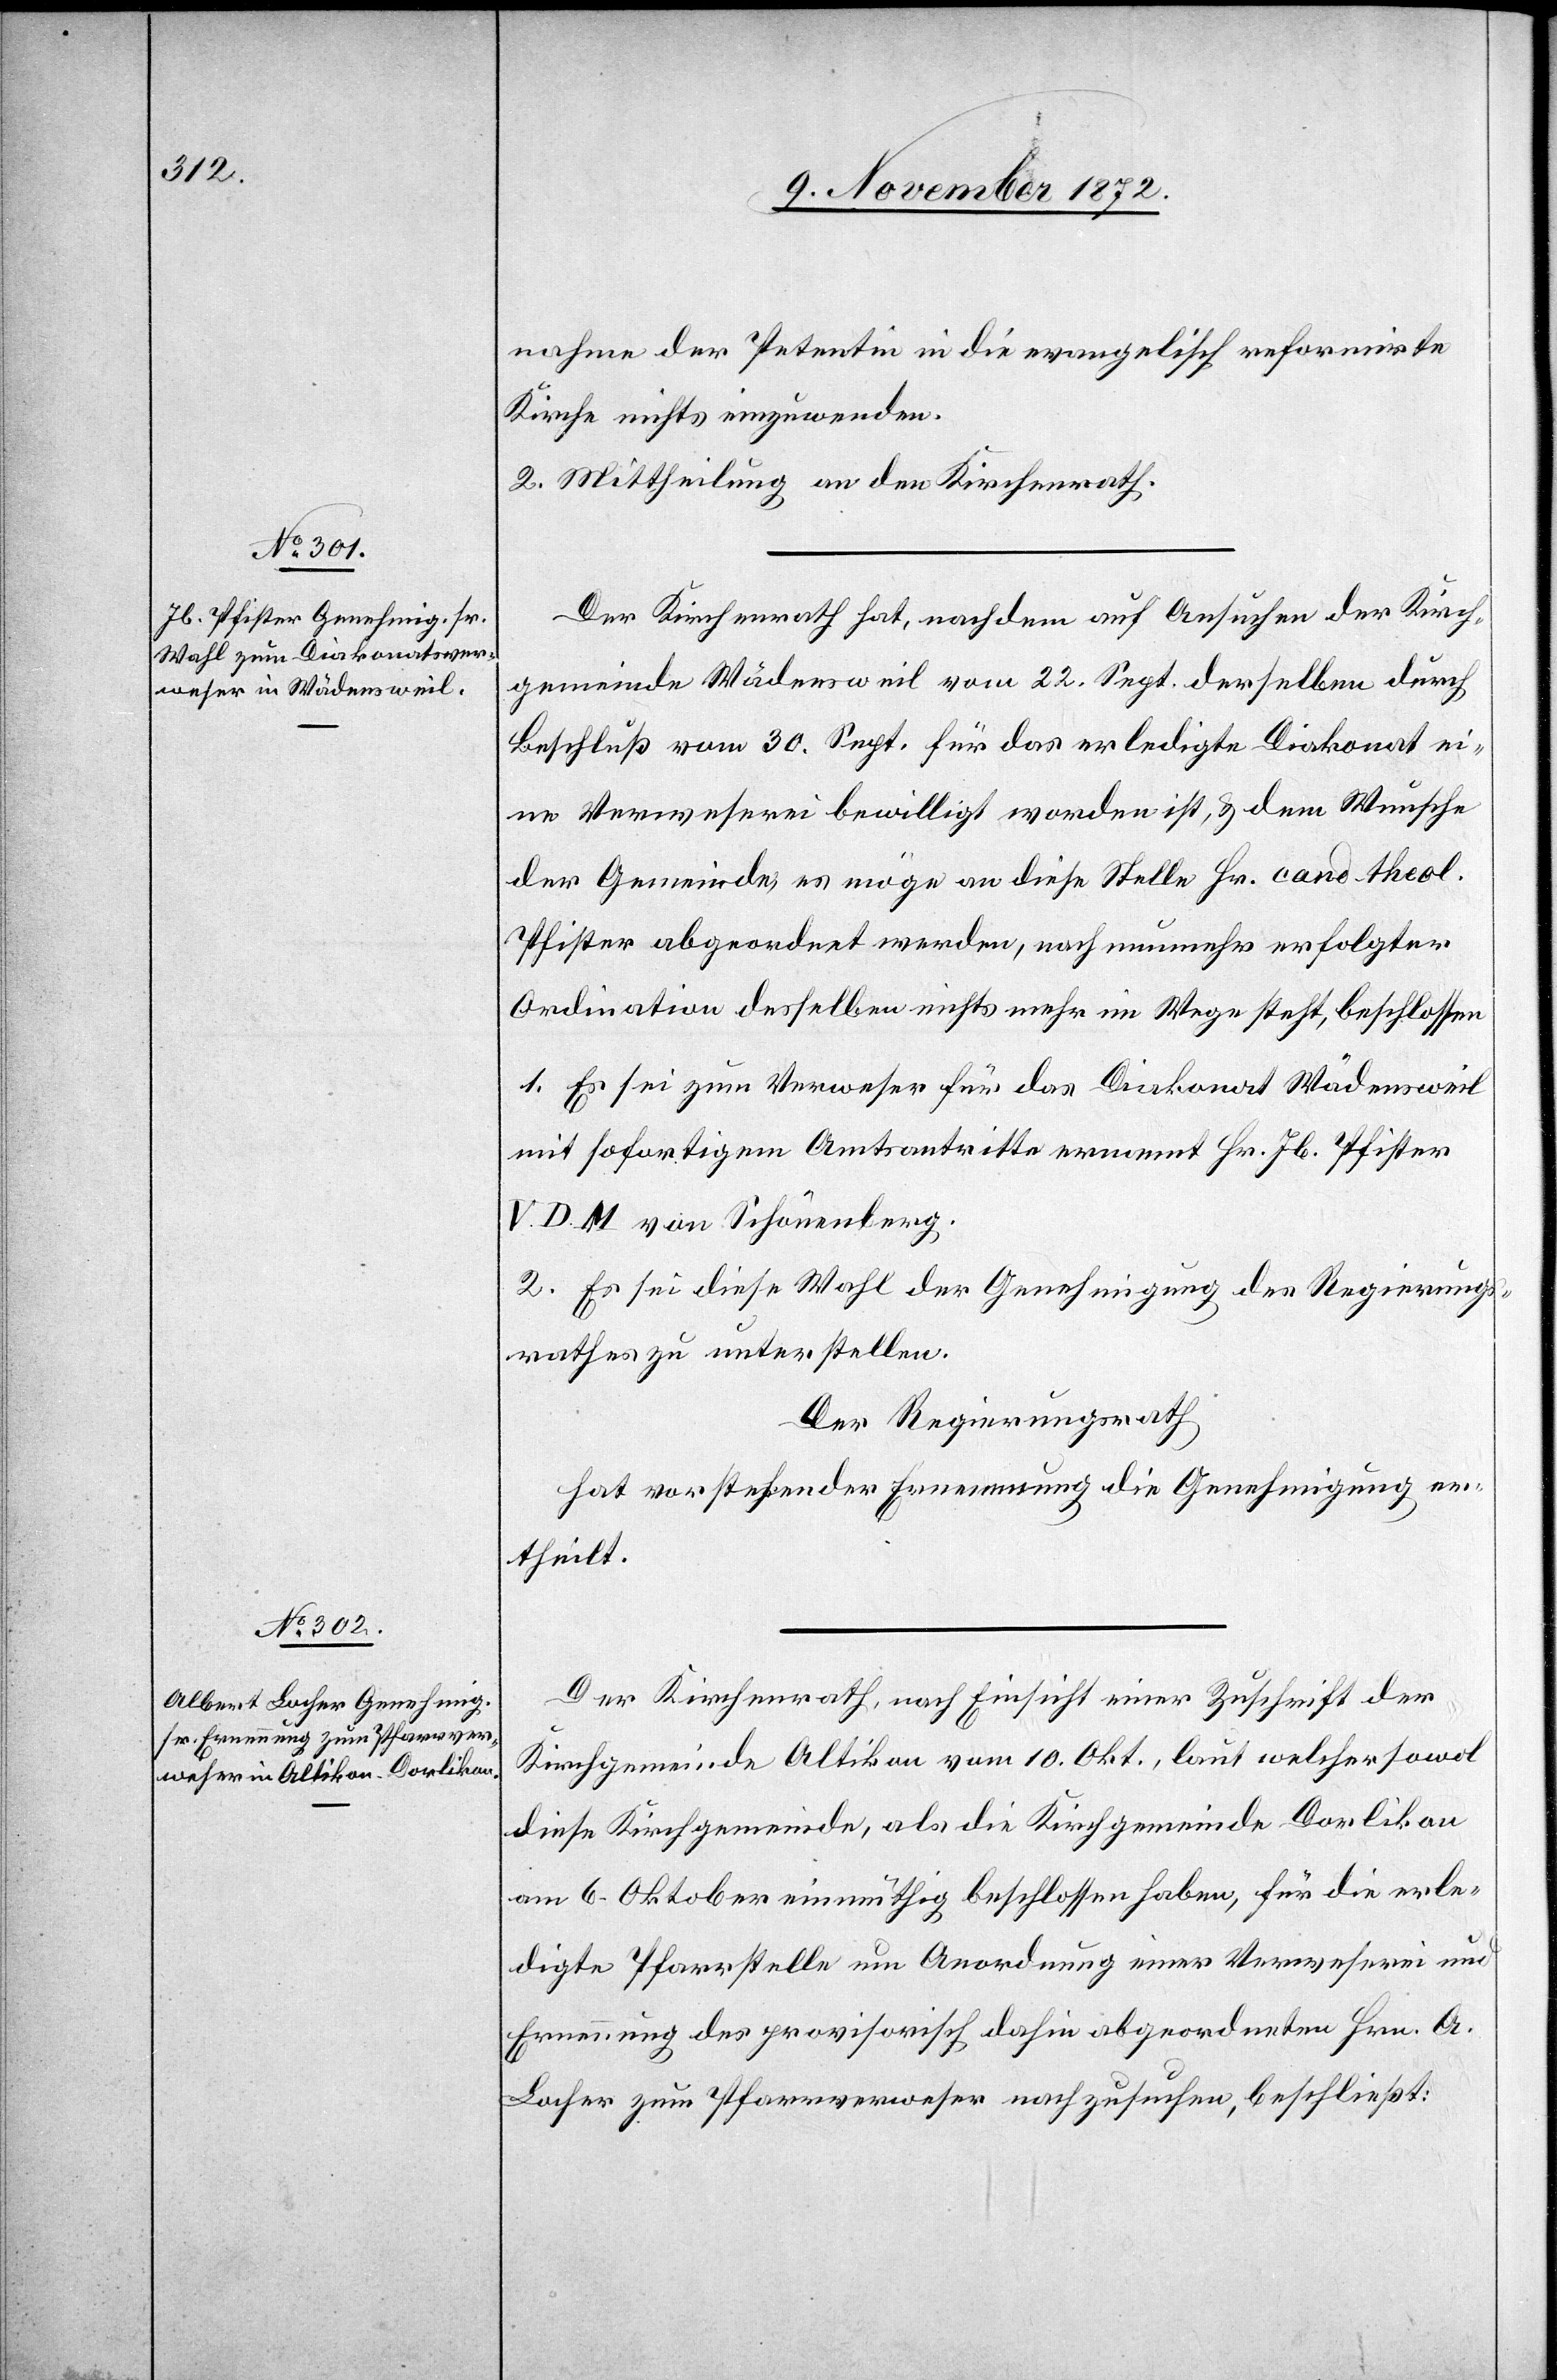
nahme der Petentin in die evangelisch reformirte
Kirche nichts einzuwenden.
2. Mittheilung an den Kirchenrath.
Der Kirchenrath hat, nachdem auf Ansuchen der Kirch¬
gemeinde Wädensweil vom 22. Sept. derselben durch
Beschluß vom 30. Sept. für das erledigte Diakonat ei¬
ne Verweserei bewilligt worden ist, u. dem Wunsche
der Gemeinde, es möge an diese Stelle Hr. cand theol.
Pfister abgeordnet werden, nach nunmehr erfolgter
Ordination desselben nichts mehr im Wege steht, beschlossen[:]
1. Es sei zum Verweser für das Diakonat Wädensweil
mit sofortigem Amtsantritte ernannt Hr. Jb. Pfister
V. D. M. von Schönenberg.
2. Es sei diese Wahl der Genehmigung des Regierungs¬
rathes zu unterstellen.
Der Regierungsrath
hat vorstehender Ernennung die Genehmigung er¬
theilt.
Der Kirchenrath, nach Einsicht einer Zuschrift der
Kirchgemeinde Altikon vom 10. Okt., laut welcher sowol
diese Kirchgemeinde, als die Kirchgemeinde Dorlikon
am 6. Oktober einmüthig beschlossen haben, für die erle¬
digte Pfarrstelle um Anordnung einer Verweserei und
Ernennung des provisorisch dahin abgeordneten Hrn. A.
Locher zum Pfarrverweser nachzusuchen, beschließt: